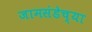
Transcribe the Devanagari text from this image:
जामसंडेच्या